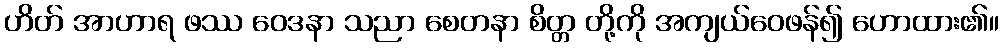
ဟိတ် အာဟာရ ဖဿ ဝေဒနာ သညာ စေတနာ စိတ္တ တို့ကို အကျယ်ဝေဖန်၍ ဟောထား၏။